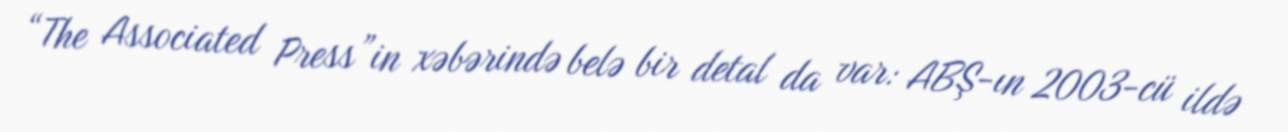
“The Associated Press”in xəbərində belə bir detal da var: ABŞ-ın 2003-cü ildə